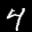
Label: 4